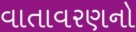
વાતાવરણનો